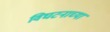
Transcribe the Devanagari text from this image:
विघटनाच्या